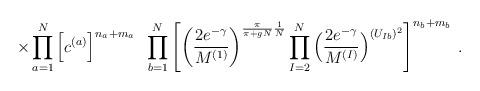
LaTeX: \begin{align*}\times \prod_{a=1}^N \Big[ c^{(a)} \Big]^{n_a + m_a}\; \;\prod_{b=1}^N \left[\left( \frac{2e^{-\gamma}}{M^{(1)}}\right)^{\frac{\pi}{\pi+gN} \frac{1}{N}}\prod_{I=2}^N\Big( \frac{2e^{-\gamma}}{M^{(I)}}\Big)^{(U_{Ib})^2}\right]^{n_b + m_b} \; .\end{align*}